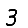
Digit: 3